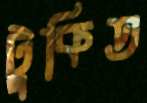
টুকিত